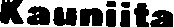
Kauniita